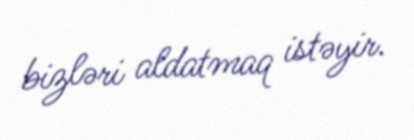
bizləri aldatmaq istəyir.